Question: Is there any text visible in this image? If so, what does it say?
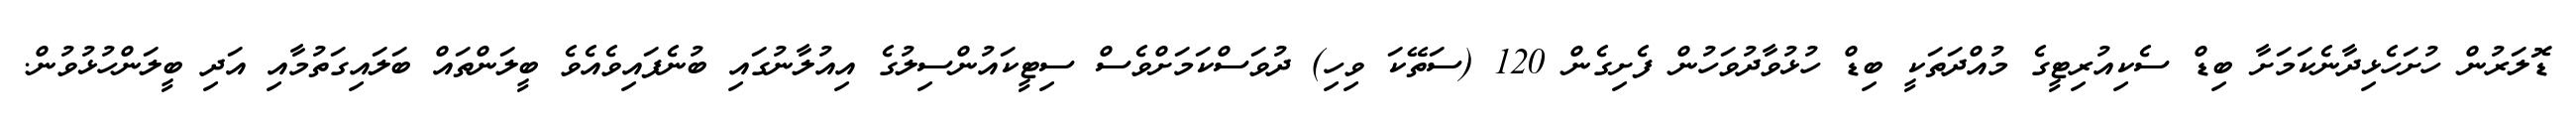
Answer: ޑޮލަރުން ހުށަހެޅިދާނެކަމަށާ ބިޑް ސެކިއުރިޓީގެ މުއްދަތަކީ ބިޑް ހުޅުވާދުވަހުން ފެށިގެން 120 (ސަތޭކަ ވިހި) ދުވަސްކަމަށްވެސް ސިޓީކައުންސިލުގެ އިއުލާނުގައި ބުނެފައިވެއެވެ ބީލަންތައް ބަލައިގަތުމާއި އަދި ބީލަންހުޅުވުން.